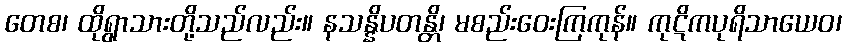
တေစ၊ ထိုရွာသားတို့သည်လည်း။ နသန္နိပတန္တိ၊ မစည်းဝေးကြကုန်။ ကုဋိကပုရိသာယေဝ၊